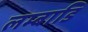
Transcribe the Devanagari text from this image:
लम्बाडि